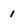
Character: 1